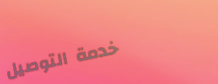
خدمة التوصيل